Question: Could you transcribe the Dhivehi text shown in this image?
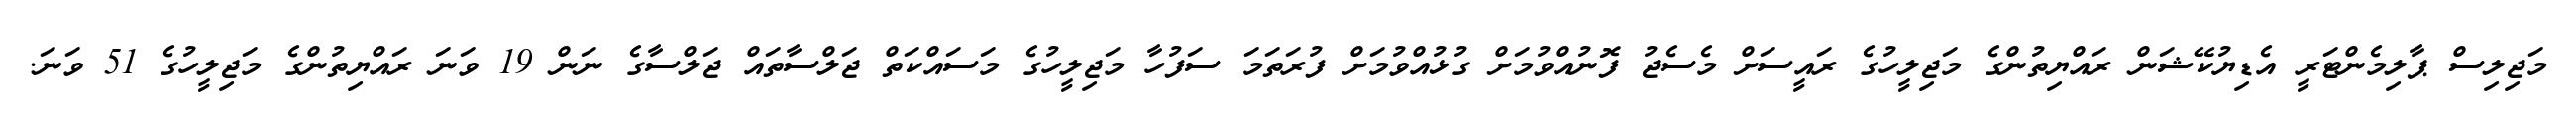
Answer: މަޖިލިސް ޕާލިމެންޓަރީ އެޑިޔުކޭޝަން ރައްޔިތުންގެ މަޖިލީހުގެ ރައީސަށް މެސެޖު ފޮނުއްވުމަށް ގުޅުއްވުމަށް ފުރަތަމަ ސަފުހާ މަޖިލީހުގެ މަސައްކަތް ޖަލްސާތައް ޖަލްސާގެ ނަން 19 ވަނަ ރައްޔިތުންގެ މަޖިލީހުގެ 51 ވަނަ.